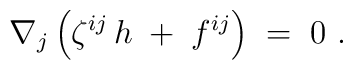
\nabla_j \left( \zeta^{ij}\,h\;+\;f^{ij}\right)\;=\;0 \ .